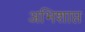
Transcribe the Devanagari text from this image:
अभिशाप्त